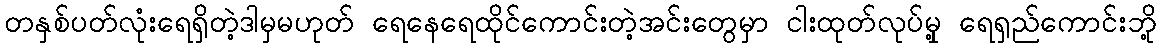
တနှစ်ပတ်လုံးရေရှိတဲ့ဒါမှမဟုတ် ရေနေရေထိုင်ကောင်းတဲ့အင်းတွေမှာ ငါးထုတ်လုပ်မှု့ ရေရှည်ကောင်းဘို့